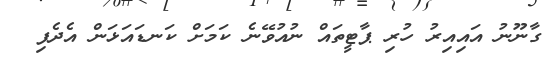
ގާނޫނު އައިއިރު ހުރި ޕާޓީތައް ނުއުވޭނެ ކަމަށް ކަނޑައަޅަން އެދެފި